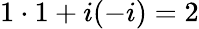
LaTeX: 1\cdot 1+i(-i)=2